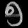
Digit: ၅